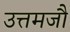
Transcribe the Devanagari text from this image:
उत्तमजौ